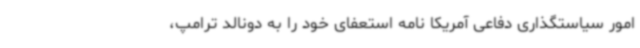
امور سیاستگذاری دفاعی آمریکا نامه استعفای خود را به دونالد ترامپ،